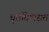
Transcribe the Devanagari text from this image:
धूर्तविलसत